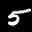
Label: 5